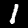
Label: 1